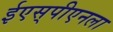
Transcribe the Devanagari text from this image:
ईएस्‌पीएनला